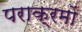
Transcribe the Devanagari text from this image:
पराक्रमों